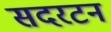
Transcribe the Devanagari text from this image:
सदरटन